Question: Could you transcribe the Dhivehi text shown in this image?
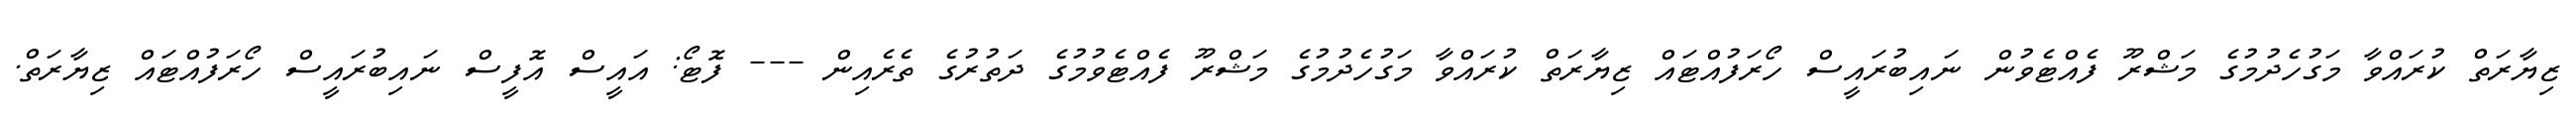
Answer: ޒިޔާރަތް ކުރައްވާ މަގުހެދުމުގެ މަޝްރޫ ފެއްޓެވުން ނައިބުރައީސް ހޯރަފުއްޓައް ޒިޔާރަތް ކުރައްވާ މަގުހެދުމުގެ މަޝްރޫ ފެއްޓެވުމުގެ ދަތުރުގެ ތެރެއިން --- ފޮޓޯ: އައީސް އޮފީސް ނައިބުރައީސް ހޯރަފުއްޓައް ޒިޔާރަތް.